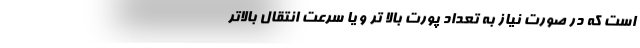
است که در صورت نیاز به تعداد پورت بالا تر و یا سرعت انتقال بالاتر